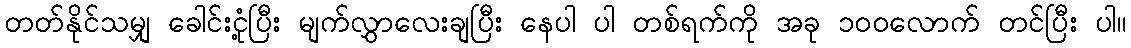
တတ်နိုင်သမျှ ခေါင်းငုံ့ပြီး မျက်လွှာလေးချပြီး နေပါ ပါ တစ်ရက်ကို အခု ၁၀၀လောက် တင်ပြီး ပါ။